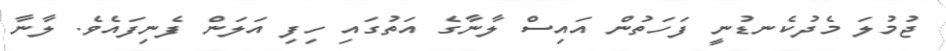
ޖުމުލަ މެދުކެނޑުނީ ފަހަތުން އައިސް ލާނާގެ އަތުގައި ހިފި އަލަން ފެނިފައެވެ. ލާނާ